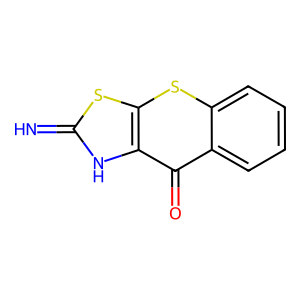
SMILES: N=c1[nH]c2c(=O)c3ccccc3sc2s1
Inhibits HIV replication: No